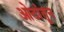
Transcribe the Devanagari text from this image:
ओठांतून